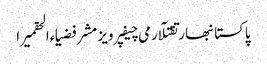
پاکستانبھارتقتلآرمی چیفپرویز مشرفضیاءالحقمیرا